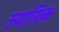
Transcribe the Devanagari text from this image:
ज्यायिक